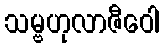
သမ္ဗဟုလာဇီဝေါ